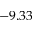
- 9 . 3 3